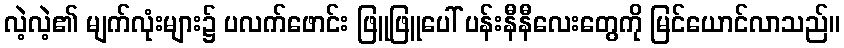
လဲ့လဲ့၏ မျက်လုံးများ၌ ပလက်ဖောင်း ဖြူဖြူပေါ် ပန်းနီနီလေးတွေကို မြင်ယောင်လာသည်။